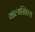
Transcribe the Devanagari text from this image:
वाल्यखिल्य